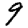
Digit: 9